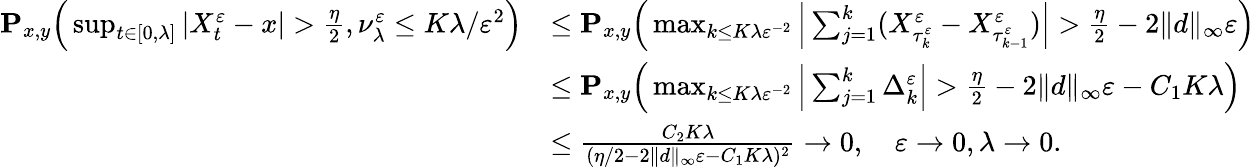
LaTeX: \begin{array}{rl}{\mathbf{P}_{x,y}\Big(\operatorname*{sup}_{t\in[0,\lambda]}|X_{t}^{\varepsilon}-x|>\frac{\eta}{2},\nu_{\lambda}^{\varepsilon}\leq K\lambda/\varepsilon^{2}\Big)}&{\leq\mathbf{P}_{x,y}\Big(\operatorname*{max}_{k\leq K\lambda\varepsilon^{-2}}\Big|\sum_{j=1}^{k}(X_{\tau_{k}^{\varepsilon}}^{\varepsilon}-X_{\tau_{k-1}^{\varepsilon}}^{\varepsilon})\Big|>\frac{\eta}{2}-2\| d\| _{\infty}\varepsilon\Big)}\\ &{\leq\mathbf{P}_{x,y}\Big(\operatorname*{max}_{k\leq K\lambda\varepsilon^{-2}}\Big|\sum_{j=1}^{k}\Delta_{k}^{\varepsilon}\Big|>\frac{\eta}{2}-2\| d\| _{\infty}\varepsilon-C_{1}K\lambda\Big)}\\ &{\leq\frac{C_{2}K\lambda}{(\eta/2-2\| d\| _{\infty}\varepsilon-C_{1}K\lambda)^{2}}\to 0,\quad\varepsilon\to 0,\lambda\to 0.}\end{array}